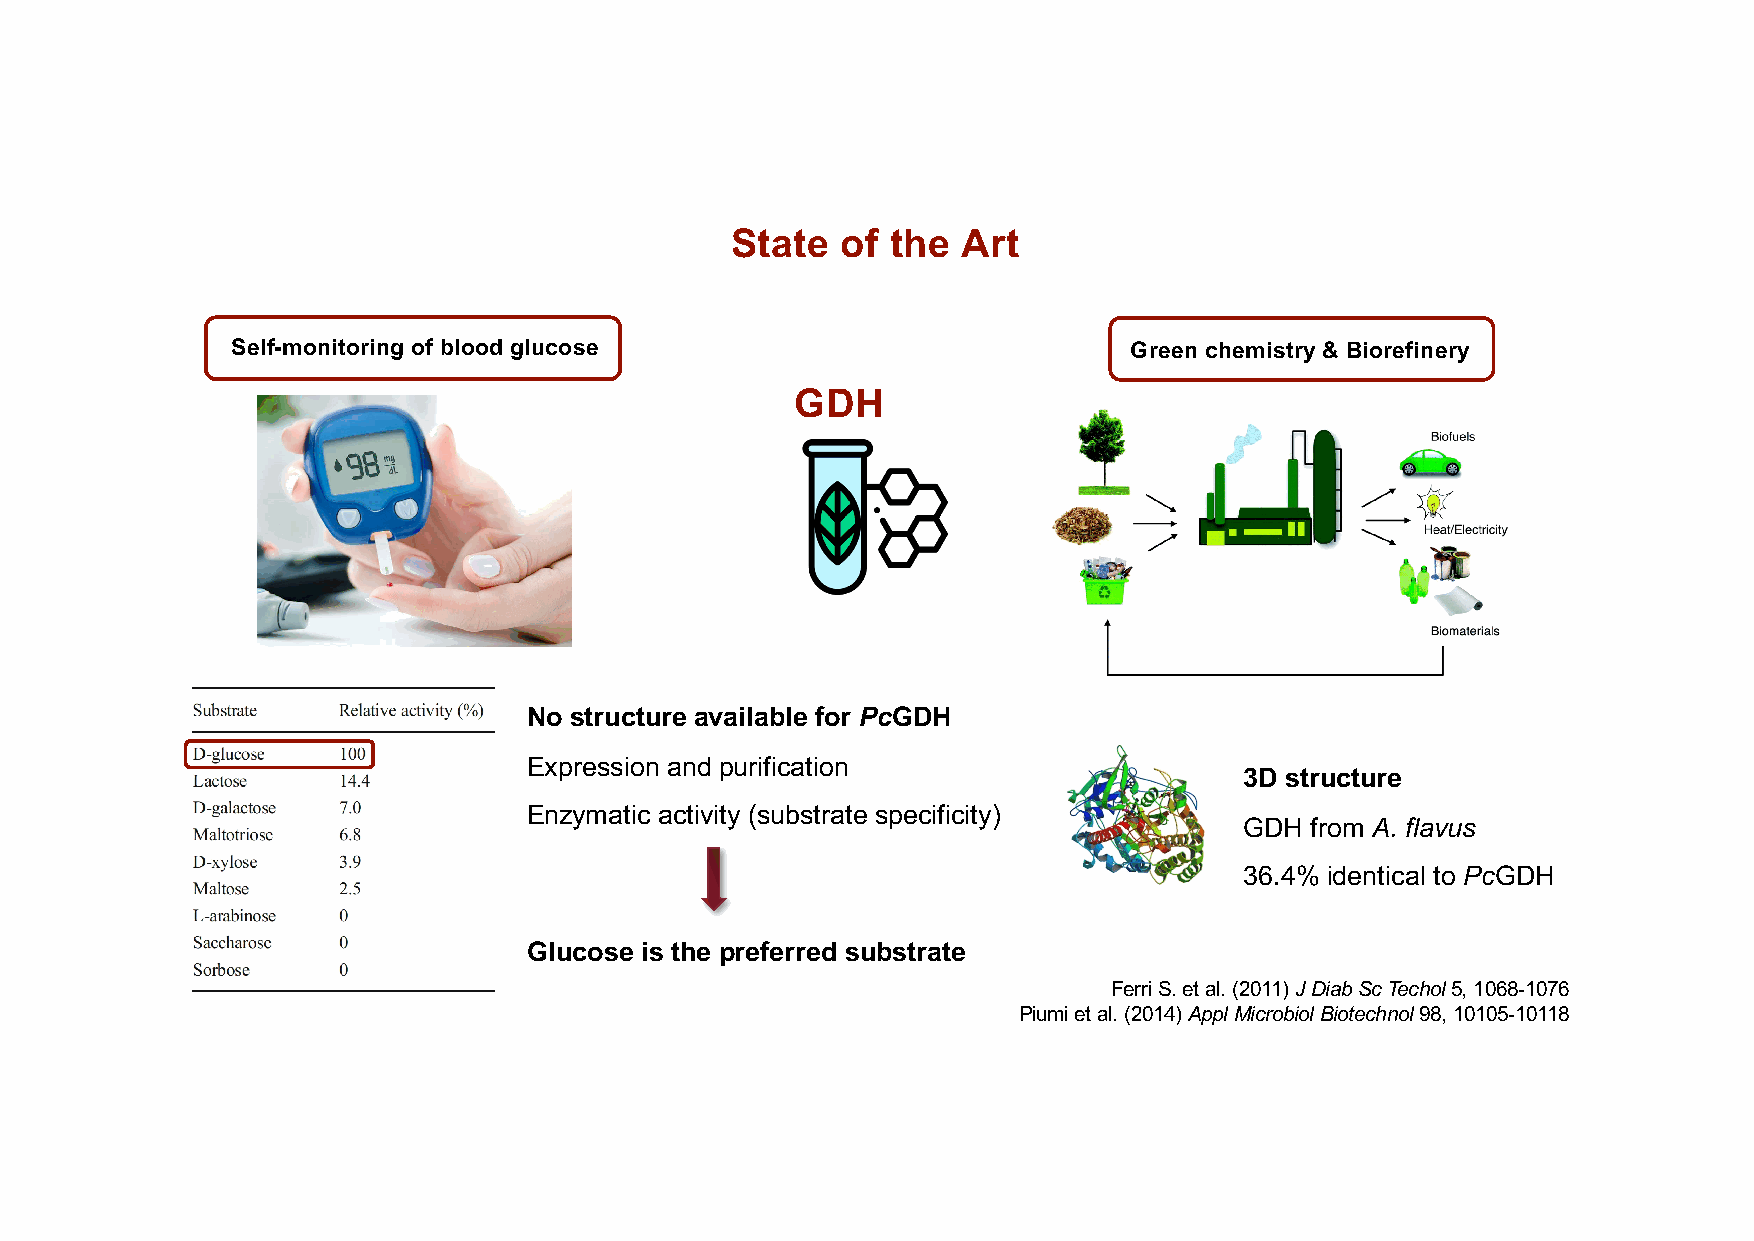
State   of the  Art
 Self-monitoring of blood glucose                            Green chemistry & Biorefinery
 GDH
 No structure available for PcGDH
 Expression and purification
 3D structure
 Enzymatic activity (substrate specificity)
 GDH  from A. flavus
 36.4% identical to PcGDH
 Glucose is the preferred substrate
 Ferri S. et al. (2011) JDiab Sc Techol5, 1068-1076
 Piumi et al. (2014) ApplMicrobiolBiotechnol98, 10105-10118